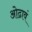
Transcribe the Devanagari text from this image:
ओढावं